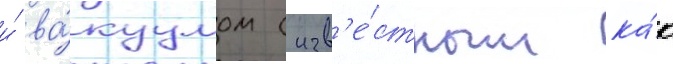
и́ ва́куумом (изв'е́стным ка́к